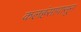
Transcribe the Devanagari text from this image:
कलहंसापासून